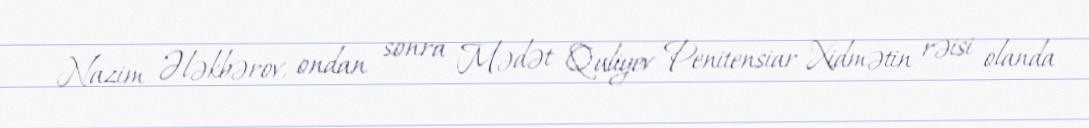
Nazim Ələkbərov, ondan sonra Mədət Quliyev Penitensiar Xidmətin rəisi olanda